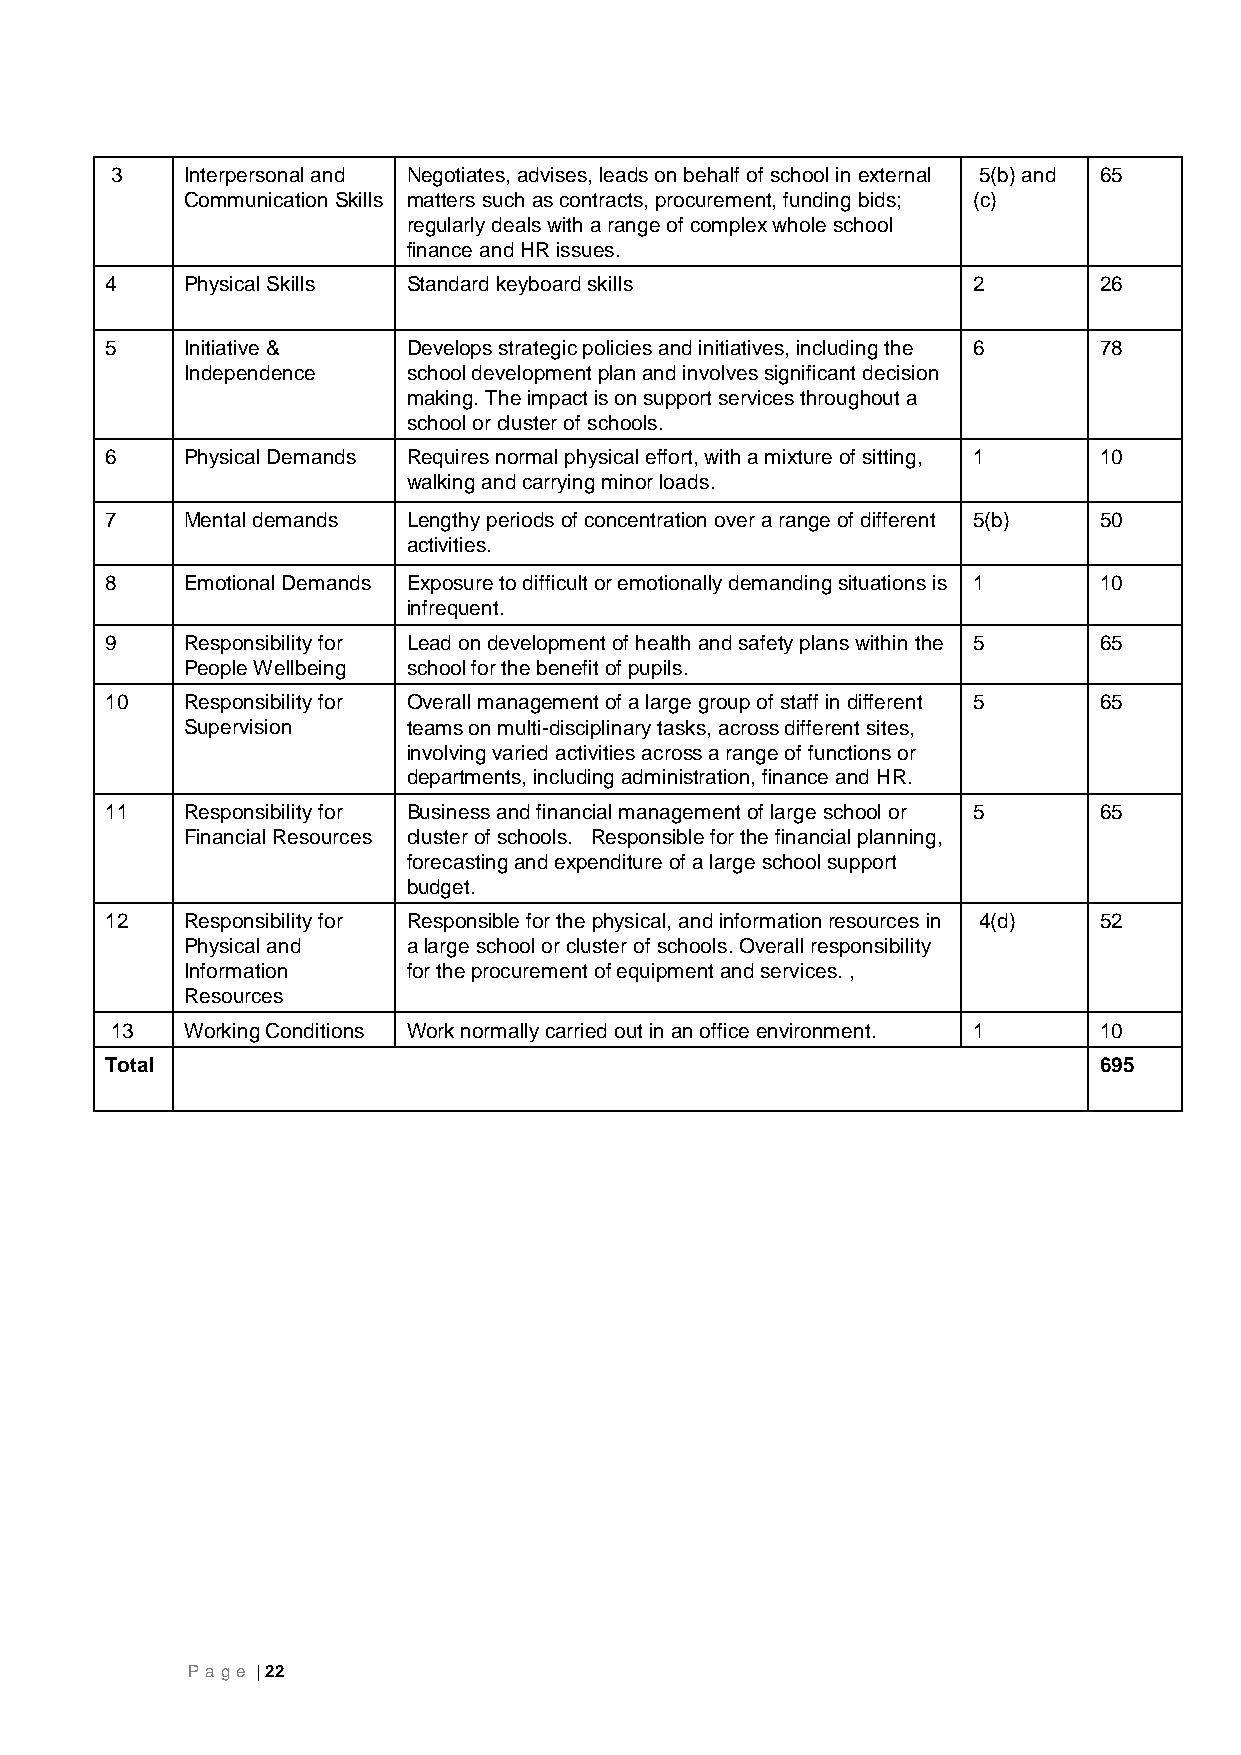
3    Interpersonal and Negotiates, advises, leads on behalf of school in external 5(b) and 65
 Communication Skills matters such as contracts, procurement, funding bids; (c)
 regularly deals with a range of complex whole school
 finance and HR issues.
 4    Physical Skills Standard keyboard skills            2        26
 5    Initiative &   Develops strategic policies and initiatives, including the 6 78
 Independence   school development plan and involves significant decision
 making. The impact is on support services throughout a
 school or cluster of schools.
 6    Physical Demands Requires normal physical effort, with a mixture of sitting, 1 10
 walking and carrying minor loads.
 7    Mental demands Lengthy periods of concentration over a range of different 5(b) 50
 activities.
 8    Emotional Demands Exposure to difficult or emotionally demanding situations is 1 10
 infrequent.
 9    Responsibility for Lead on development of health and safety plans within the 5 65
 People Wellbeing school for the benefit of pupils.
 10   Responsibility for Overall management of a large group of staff in different 5 65
 Supervision    teams on multi-disciplinary tasks, across different sites,
 involving varied activities across a range of functions or
 departments, including administration, finance and HR.
 11   Responsibility for Business and financial management of large school or 5 65
 Financial Resources cluster of schools. Responsible for the financial planning,
 forecasting and expenditure of a large school support
 budget.
 12   Responsibility for Responsible for the physical, and information resources in 4(d) 52
 Physical and   a large school or cluster of schools. Overall responsibility
 Information    for the procurement of equipment and services. ,
 Resources
 13   Working Conditions Work normally carried out in an office environment. 1 10
 Total                                                             695
 P age | 22